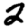
Digit: 2